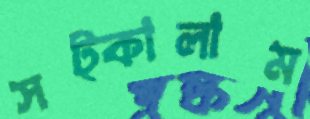
সট্‌কালাম